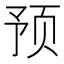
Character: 预